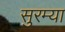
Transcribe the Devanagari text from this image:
सुरम्या